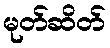
မုတ်ဆိတ်